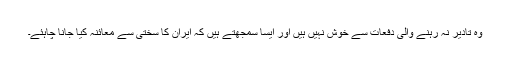
وہ تادیر نہ رہنے والی دفعات سے خوش نہیں ہیں اور ایسا سمجھتے ہیں کہ ایران کا سختی سے معائنہ کیا جانا چاہئے۔